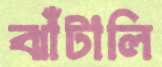
ঝাঁটালি